Newspaper: The daily Gate City. [volume]
Place of publication: Keokuk, Iowa
Publisher: J.B. Howell
Date: 1865-02-15 00:00:00
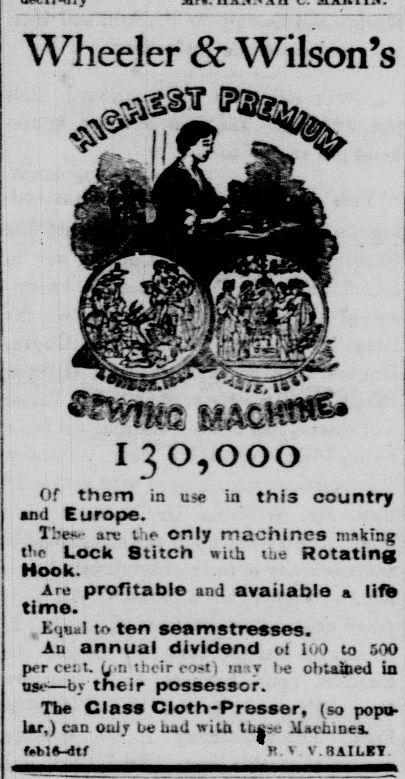
Advertisement text (OCR):
Wheeler & Wilson's 1 3 o o o o Arc profitable and available a I if* time. t'jiia! to ten seamstresses. Au annual dividend «t 100 to 500 per Cf: t. ir -,V ohtalwd io o»"—b their possessor. The Class Cloth-Presser, (so pop* tar,) can oiti v oe ujd wii,u .U*-bines. feblft-dtf 1 ^AILBT this country Of them in um and Europe. H'e*- arc iSe only machines making the Lock Stitch with tue Rotating Hook.
Label: illustrations